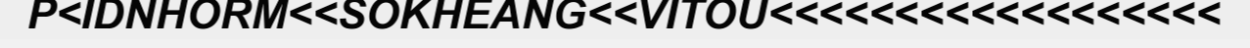
P<IDNHORM<<SOKHEANG<<VITOU<<<<<<<<<<<<<<<<<<